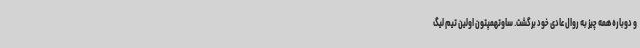
و دوباره همه چیز به روال عادی خود برگشت. ساوتهمپتون اولین تیم لیگ